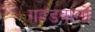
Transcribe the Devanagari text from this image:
गहडवालों